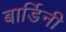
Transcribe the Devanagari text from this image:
बार्डिनी